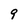
Character: 9